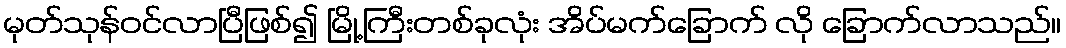
မုတ်သုန်ဝင်လာပြီဖြစ်၍ မြို့ကြီးတစ်ခုလုံး အိပ်မက်ခြောက် လို ခြောက်လာသည်။